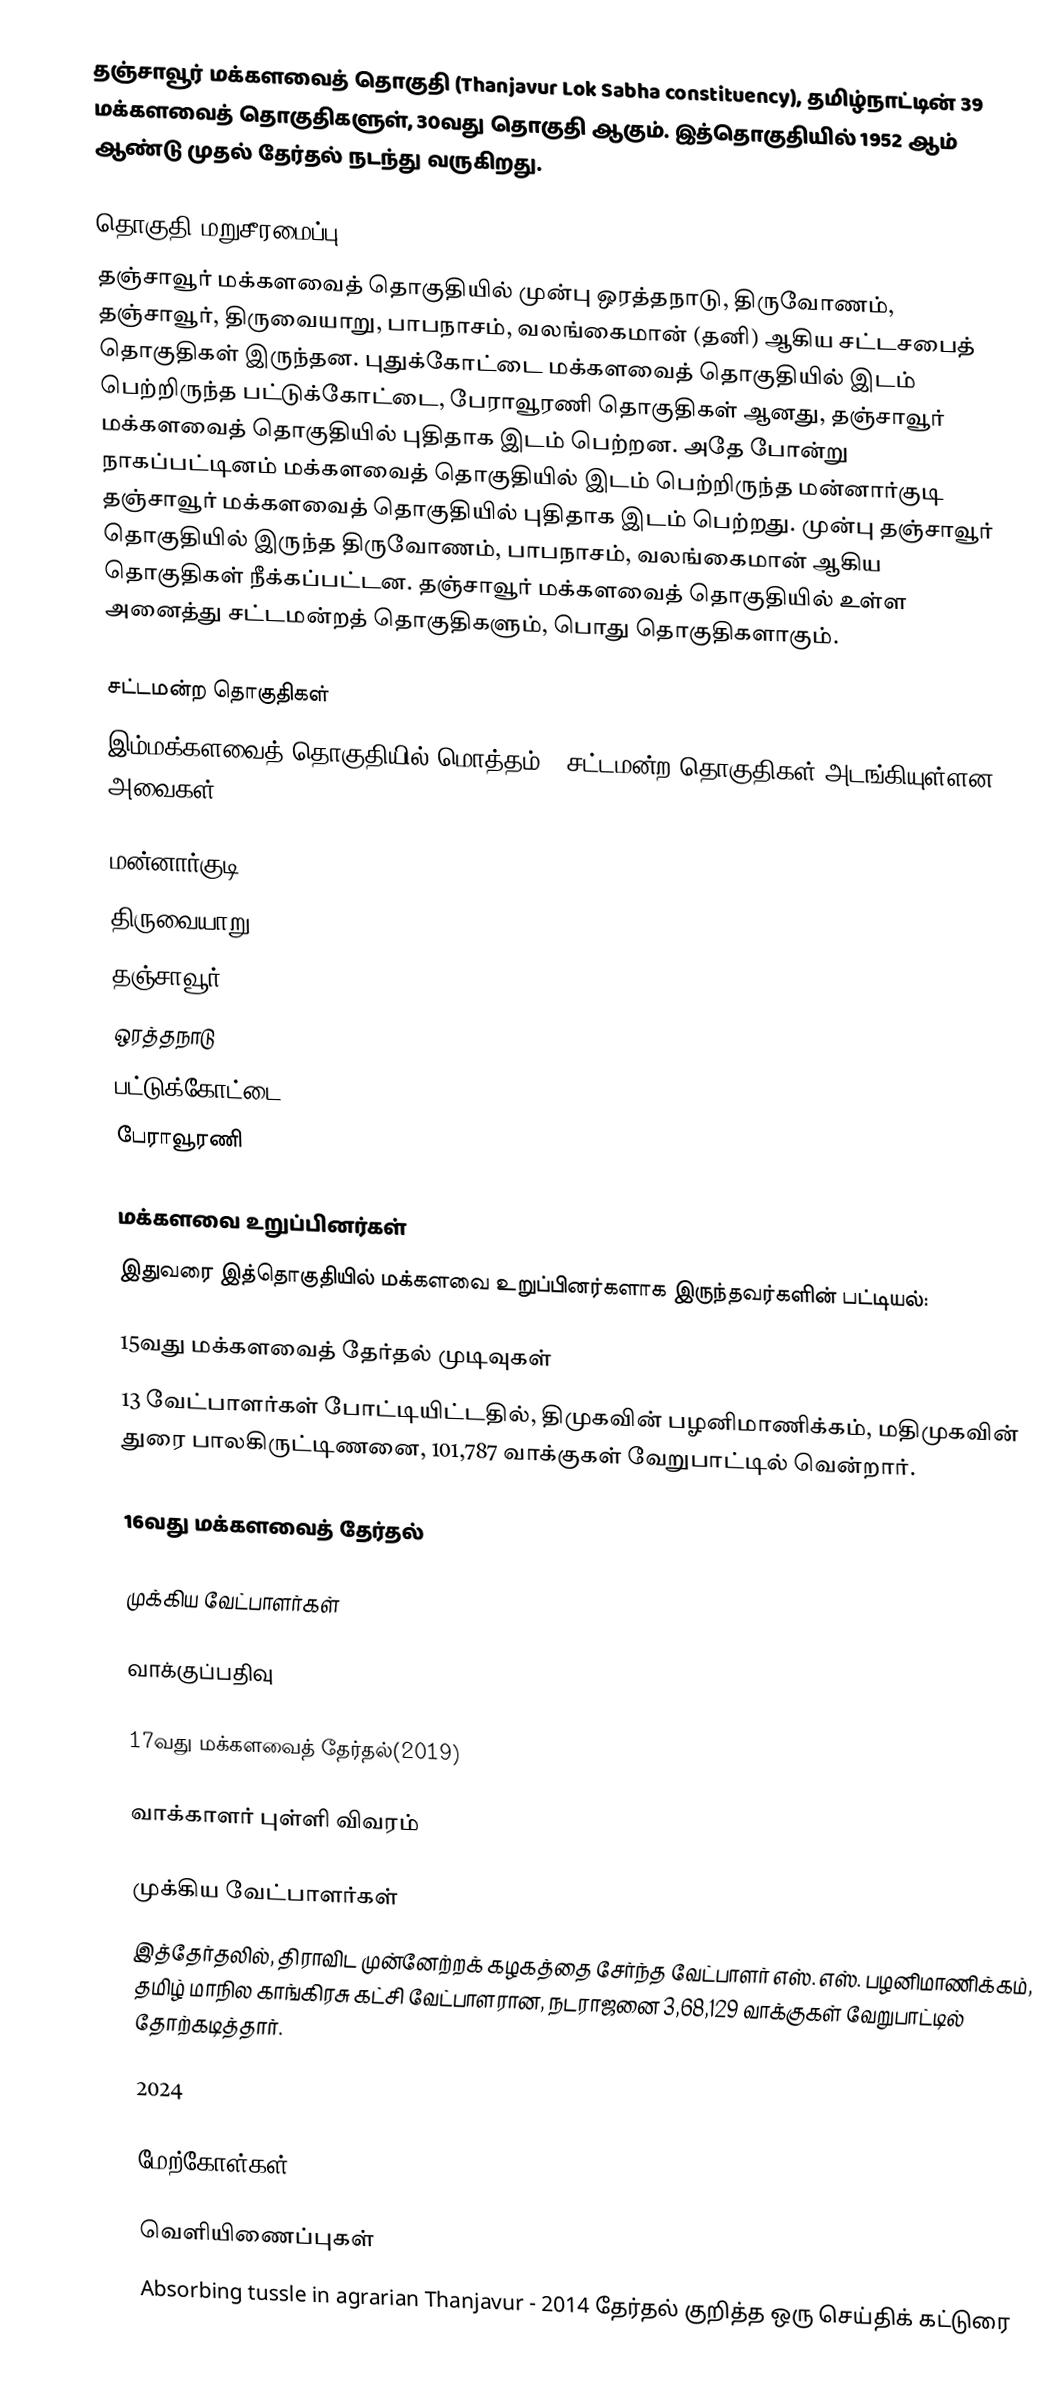
தஞ்சாவூர் மக்களவைத் தொகுதி (Thanjavur Lok Sabha constituency), தமிழ்நாட்டின் 39 மக்களவைத் தொகுதிகளுள், 30வது தொகுதி ஆகும். இத்தொகுதியில் 1952 ஆம் ஆண்டு முதல் தேர்தல் நடந்து வருகிறது.

தொகுதி மறுசீரமைப்பு
தஞ்சாவூர் மக்களவைத் தொகுதியில் முன்பு ஒரத்தநாடு, திருவோணம், தஞ்சாவூர், திருவையாறு, பாபநாசம், வலங்கைமான் (தனி) ஆகிய சட்டசபைத் தொகுதிகள் இருந்தன. புதுக்கோட்டை மக்களவைத் தொகுதியில் இடம் பெற்றிருந்த பட்டுக்கோட்டை, பேராவூரணி தொகுதிகள் ஆனது, தஞ்சாவூர் மக்களவைத் தொகுதியில் புதிதாக இடம் பெற்றன. அதே போன்று நாகப்பட்டினம் மக்களவைத் தொகுதியில் இடம் பெற்றிருந்த மன்னார்குடி தஞ்சாவூர் மக்களவைத் தொகுதியில் புதிதாக இடம் பெற்றது. முன்பு தஞ்சாவூர் தொகுதியில் இருந்த திருவோணம், பாபநாசம், வலங்கைமான் ஆகிய தொகுதிகள் நீக்கப்பட்டன. தஞ்சாவூர் மக்களவைத் தொகுதியில் உள்ள அனைத்து சட்டமன்றத் தொகுதிகளும், பொது தொகுதிகளாகும்.

சட்டமன்ற தொகுதிகள்
இம்மக்களவைத் தொகுதியில் மொத்தம் 6 சட்டமன்ற தொகுதிகள் அடங்கியுள்ளன. அவைகள்:

 மன்னார்குடி
 திருவையாறு
 தஞ்சாவூர்
 ஒரத்தநாடு
 பட்டுக்கோட்டை
 பேராவூரணி

மக்களவை உறுப்பினர்கள்
இதுவரை இத்தொகுதியில் மக்களவை உறுப்பினர்களாக இருந்தவர்களின் பட்டியல்:

15வது மக்களவைத் தேர்தல் முடிவுகள்
13 வேட்பாளர்கள் போட்டியிட்டதில், திமுகவின் பழனிமாணிக்கம், மதிமுகவின் துரை பாலகிருட்டிணனை, 101,787 வாக்குகள் வேறுபாட்டில் வென்றார்.

16வது மக்களவைத் தேர்தல்

முக்கிய வேட்பாளர்கள்

வாக்குப்பதிவு

17வது மக்களவைத் தேர்தல்(2019)

வாக்காளர் புள்ளி விவரம்

முக்கிய வேட்பாளர்கள்
இத்தேர்தலில், திராவிட முன்னேற்றக் கழகத்தை சேர்ந்த வேட்பாளர் எஸ். எஸ். பழனிமாணிக்கம், தமிழ் மாநில காங்கிரசு கட்சி வேட்பாளரான, நடராஜனை 3,68,129 வாக்குகள் வேறுபாட்டில் தோற்கடித்தார்.

2024

மேற்கோள்கள்

வெளியிணைப்புகள்
 Absorbing tussle in agrarian Thanjavur - 2014 தேர்தல் குறித்த ஒரு செய்திக் கட்டுரை